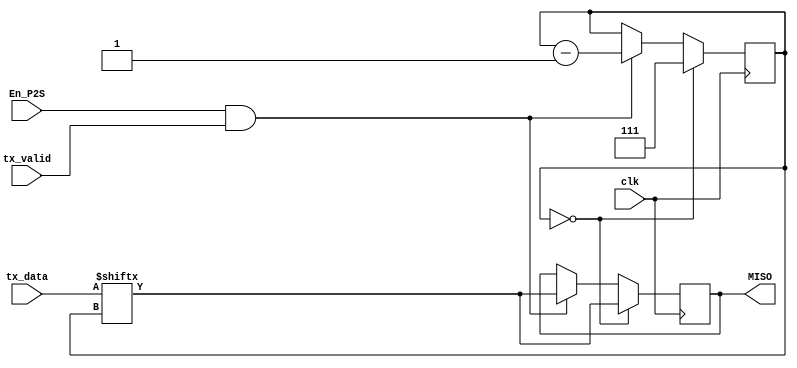
`timescale 1ns / 1ps
//////////////////////////////////////////////////////////////////////////////////
// Company: 
// Engineer: 
// 
// Design Name: 
// Module Name: P2S_To_Counter
// Project Name: 
// Target Devices: 
// Tool Versions: 
// Description: 
// 
// Dependencies: 
// 
// Revision:
// Revision 0.01 - File Created
// Additional Comments:
// 
//////////////////////////////////////////////////////////////////////////////////


module P2S
    (
        output reg MISO,
        input tx_valid,
        input [7:0] tx_data,
        input En_P2S,clk
    );
    reg [2:0] seq=7;
        always @(posedge clk)// or posedge set_ctr) 
    begin
        if (seq==4'd0 /*&& tx_valid==1*/) 
            begin
                MISO<=tx_data[seq];
                seq<=4'd7;

            end 
        else if (En_P2S && tx_valid==1) 
            begin
            MISO<=tx_data[seq]; 
            seq<=seq-1;
            
            end
    end
endmodule